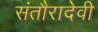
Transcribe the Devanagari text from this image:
संतौरादेवी